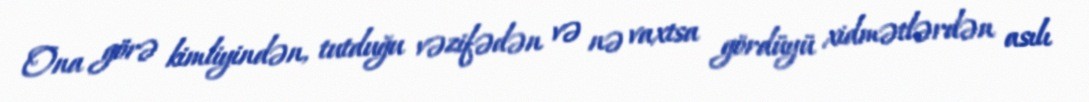
Ona görə kimliyindən, tutduğu vəzifədən və nə vaxtsa gördüyü xidmətlərdən asılı